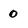
Character: 0